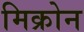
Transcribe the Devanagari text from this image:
मिक्रोन